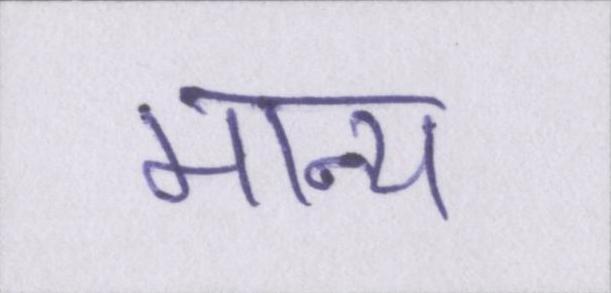
मान्य